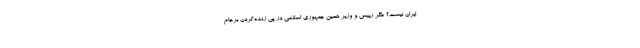
ایران نیست؟ مگر رییس و وزیر همین جمهوری اسلامی در پی زنده‌کردن برجام